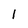
Character: l